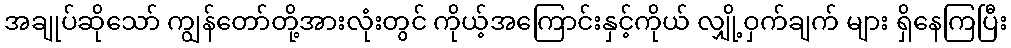
အချုပ်ဆိုသော် ကျွန်တော်တို့အားလုံးတွင် ကိုယ့်အကြောင်းနှင့်ကိုယ် လျှို့ဝှက်ချက် များ ရှိနေကြပြီး